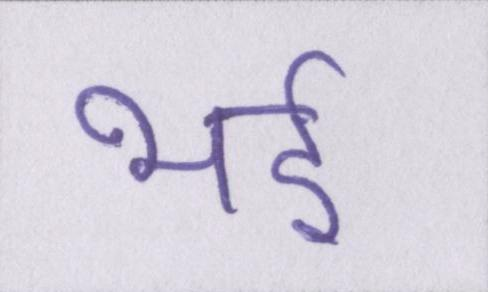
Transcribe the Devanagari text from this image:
भई